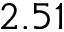
2 . 5 1